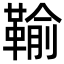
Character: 䩱